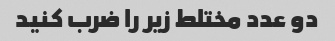
دو عدد مختلط زیر را ضرب کنید